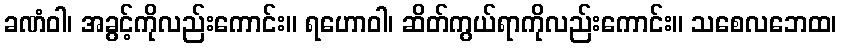
ခဏံဝါ၊ အခွင့်ကိုလည်းကောင်း။ ရဟောဝါ၊ ဆိတ်ကွယ်ရာကိုလည်းကောင်း။ သစေလဘေထ၊